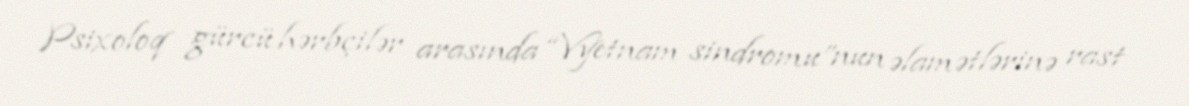
Psixoloq gürcü hərbçilər arasında “Vyetnam sindromu”nun əlamətlərinə rast